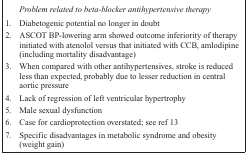
| <COLSPAN=2> Problem related to beta-blocker antihypertensive therapy |
 | --- | --- |
 | 1 | Diabetogenic potential no longer in doubt |
 | 2 | ASCOT BP-lowering arm showed outcome inferiority of therapy initiated with atenolol versus that initiated with CCB, amlodipine (including mortality disadvantage) |
 | 3 | When compared with other antihypertensives, stroke is reduced less than expected, probably due to lesser reduction in central aortic pressure |
 | 4 | Lack of regression of left ventricular hypertrophy |
 | 5 | Male sexual dysfunction |
 | 6 | Case for cardioprotection overstated; see ref 13 |
 | 7 | Specific disadvantages in metabolic syndrome and obesity (weight gain) |